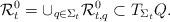
LaTeX: \begin{align*}\mathcal R^0_t=\cup_{q\in\Sigma_t}\mathcal R^0_{t,q}\subset T_{\Sigma_t} Q.\end{align*}